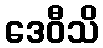
ဒေဝီသိ